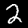
Label: 2